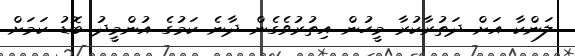
ލަންކާ އަށް ދަތުރާކުރާ މީހުން އިތުރުވެގެން ދާނެ ކަމުގެ އުންމީދު ބޮޑު ކަމަށް